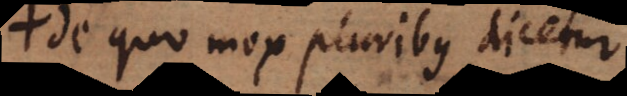
de quo mox pluribus dicetur;